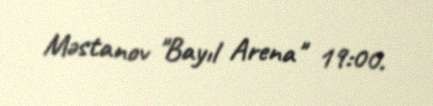
Məstanov "Bayıl Arena" 19:00.